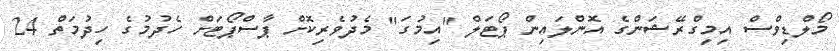
މޯލްޑިވްސް އިމިގްރޭޝަންގެ އޮންލައިން ޕޯޓަލް "އިމުގަ" މެދުވެރިކޮށް ޕާސްޕޯޓަށް ހެދުމުގެ ހިދުމަތް 24